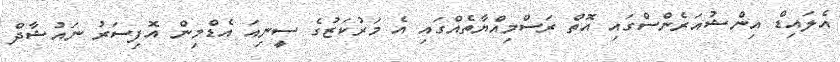
އެލައިޑް އިންޝުއަރެންސްގައި އޮތް ރަސްމިއްޔާތެއްގައި އެ މަރުކަޒުގެ ސީނިއަ އެޑްމިން އޮފިސަރު ނައުޝާދް